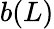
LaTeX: b(L)